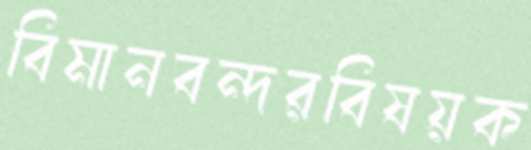
বিমানবন্দরবিষয়ক